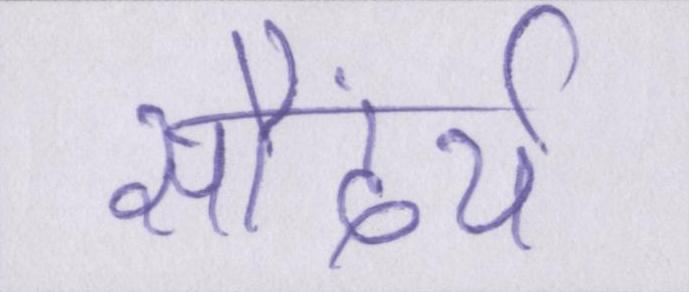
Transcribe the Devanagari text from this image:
सौंदर्य